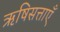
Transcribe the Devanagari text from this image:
ऋषिसत्ताएँ